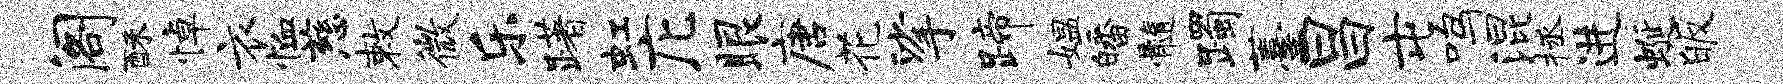
阁酥悼衣恤慈敕微乐躇虹庀眼唐花挲蹄媪皤髓躅薹昌屯鸣混拯进蜒皈